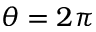
\theta = 2 \pi